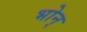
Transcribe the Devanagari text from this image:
भोन्